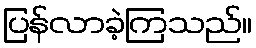
ပြန်လာခဲ့ကြသည်။